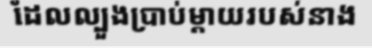
ដែលល្បួងប្រាប់ម្តាយរបស់នាង